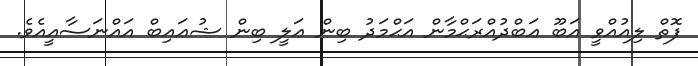
ފޮތް ލިއުއްވީ އަބޫ ޢަބްދުއްރަޙްމާން އަޙްމަދު ބިން ޢަލީ ބިން ޝުޢައިބް އައްނަސާއީއެވެ.